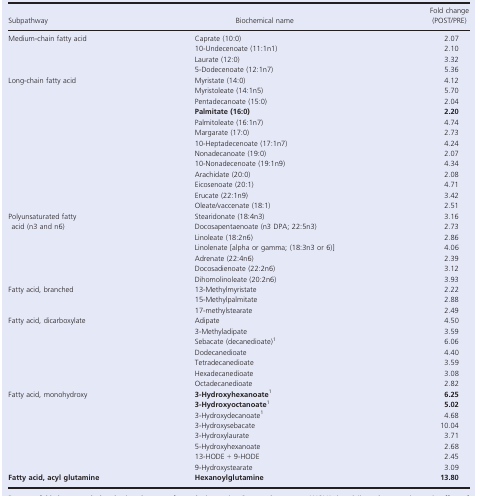
<table><thead><tr><td><b>Subpathway</b></td><td><b>Biochemical name</b></td><td><b>Fold change (POST/PRE)</b></td></tr></thead><tbody><tr><td>Medium‐chain fatty acid</td><td>Caprate (10:0)</td><td>2.07</td></tr><tr><td></td><td>10‐Undecenoate (11:1n1)</td><td>2.10</td></tr><tr><td></td><td>Laurate (12:0)</td><td>3.32</td></tr><tr><td></td><td>5‐Dodecenoate (12:1n7)</td><td>5.36</td></tr><tr><td>Long‐chain fatty acid</td><td>Myristate (14:0)</td><td>4.12</td></tr><tr><td></td><td>Myristoleate (14:1n5)</td><td>5.70</td></tr><tr><td></td><td>Pentadecanoate (15:0)</td><td>2.04</td></tr><tr><td></td><td><b>Palmitate (16:0)</b></td><td><b>2.20</b></td></tr><tr><td></td><td>Palmitoleate (16:1n7)</td><td>4.74</td></tr><tr><td></td><td>Margarate (17:0)</td><td>2.73</td></tr><tr><td></td><td>10‐Heptadecenoate (17:1n7)</td><td>4.24</td></tr><tr><td></td><td>Nonadecanoate (19:0)</td><td>2.07</td></tr><tr><td></td><td>10‐Nonadecenoate (19:1n9)</td><td>4.34</td></tr><tr><td></td><td>Arachidate (20:0)</td><td>2.08</td></tr><tr><td></td><td>Eicosenoate (20:1)</td><td>4.71</td></tr><tr><td></td><td>Erucate (22:1n9)</td><td>3.42</td></tr><tr><td></td><td>Oleate/vaccenate (18:1)</td><td>2.51</td></tr><tr><td rowspan="2">Polyunsaturated fatty acid (n3 and n6)</td><td>Stearidonate (18:4n3)</td><td>3.16</td></tr><tr><td>Docosapentaenoate (n3 DPA; 22:5n3)</td><td>2.73</td></tr><tr><td></td><td>Linoleate (18:2n6)</td><td>2.86</td></tr><tr><td></td><td>Linolenate [alpha or gamma; (18:3n3 or 6)]</td><td>4.06</td></tr><tr><td></td><td>Adrenate (22:4n6)</td><td>2.39</td></tr><tr><td></td><td>Docosadienoate (22:2n6)</td><td>3.12</td></tr><tr><td></td><td>Dihomolinoleate (20:2n6)</td><td>3.93</td></tr><tr><td>Fatty acid, branched</td><td>13‐Methylmyristate</td><td>2.22</td></tr><tr><td></td><td>15‐Methylpalmitate</td><td>2.88</td></tr><tr><td></td><td>17‐methylstearate</td><td>2.49</td></tr><tr><td>Fatty acid, dicarboxylate</td><td>Adipate</td><td>4.50</td></tr><tr><td></td><td>3‐Methyladipate</td><td>3.59</td></tr><tr><td></td><td>Sebacate (decanedioate)a</td><td>6.06</td></tr><tr><td></td><td>Dodecanedioate</td><td>4.40</td></tr><tr><td></td><td>Tetradecanedioate</td><td>3.59</td></tr><tr><td></td><td>Hexadecanedioate</td><td>3.08</td></tr><tr><td></td><td>Octadecanedioate</td><td>2.82</td></tr><tr><td>Fatty acid, monohydroxy</td><td><b>3‐Hydroxyhexanoate</b>a</td><td><b>6.25</b></td></tr><tr><td></td><td><b>3‐Hydroxyoctanoate</b>a</td><td><b>5.02</b></td></tr><tr><td></td><td>3‐Hydroxydecanoatea</td><td>4.68</td></tr><tr><td></td><td>3‐Hydroxysebacate</td><td>10.04</td></tr><tr><td></td><td>3‐Hydroxylaurate</td><td>3.71</td></tr><tr><td></td><td>5‐Hydroxyhexanoate</td><td>2.68</td></tr><tr><td></td><td>13‐HODE + 9‐HODE</td><td>2.45</td></tr><tr><td></td><td>9‐Hydroxystearate</td><td>3.09</td></tr><tr><td><b>Fatty acid, acyl glutamine</b></td><td><b>Hexanoylglutamine</b></td><td><b>13.80</b></td></tr></tbody></table>